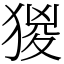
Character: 猣